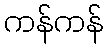
ကန်ကန်